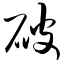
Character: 破